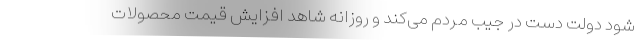
شود دولت دست در جیب مردم می‌کند و روزانه شاهد افزایش قیمت محصولات